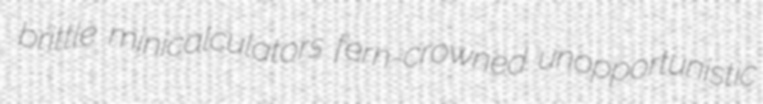
brittle minicalculators fern-crowned unopportunistic